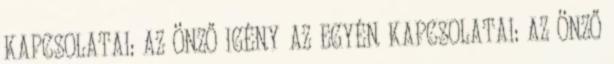
KAPCSOLATAI: AZ ÖNZŐ IGÉNY AZ EGYÉN KAPCSOLATAI: AZ ÖNZŐ